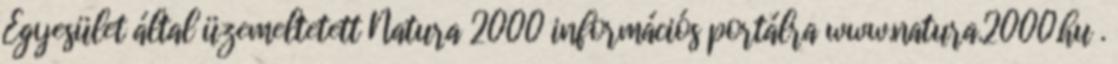
Egyesület által üzemeltetett Natura 2000 információs portálra www.natura.2000.hu .